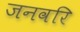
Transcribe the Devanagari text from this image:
जनवरि